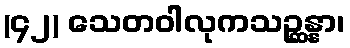
(၄၂) သေတဝါလုကသဉ္ဆန္နာ၊